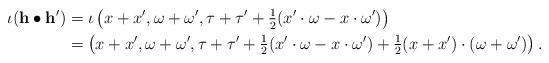
LaTeX: \begin{align*}\iota (\mathbf{h} \bullet \mathbf{h}') & = \iota\left(x+x',\omega+\omega',\tau+\tau'+ \tfrac{1}{2}(x' \cdot \omega - x \cdot \omega') \right)\\& = \left(x+x',\omega+\omega',\tau+\tau'+\tfrac{1}{2}(x' \cdot \omega - x \cdot \omega')+\tfrac{1}{2} (x+x')\cdot(\omega+\omega')\right) .\end{align*}